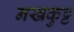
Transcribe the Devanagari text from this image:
नखकुट्ट